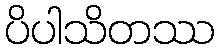
ပိပါသိတဿ